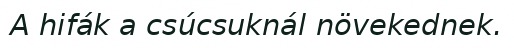
A hifák a csúcsuknál növekednek.